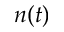
n ( t )